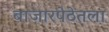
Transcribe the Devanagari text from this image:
बाजारपेठेतला